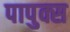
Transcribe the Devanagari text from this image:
पापुक्स